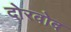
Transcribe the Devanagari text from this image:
दोरवोद